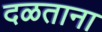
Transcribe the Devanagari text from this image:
दळताना